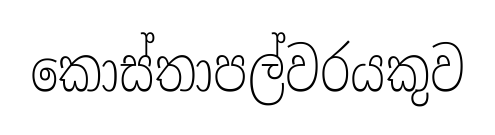
කොස්තාපල්වරයකුව